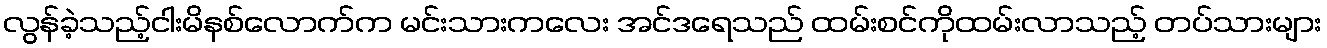
လွန်ခဲ့သည့်ငါးမိနစ်လောက်က မင်းသားကလေး အင်ဒရေသည် ထမ်းစင်ကိုထမ်းလာသည့် တပ်သားများ